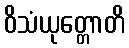
ဝိသံယုတ္တောတိ